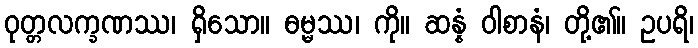
ဝုတ္တလက္ခဏဿ၊ ရှိသော။ ဓမ္မဿ၊ ကို။ ဆန္နံ ဝါစာနံ၊ တို့၏။ ဥပရိ၊